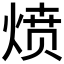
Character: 𰞻